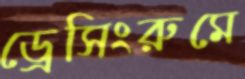
ড্রেসিংরুমে